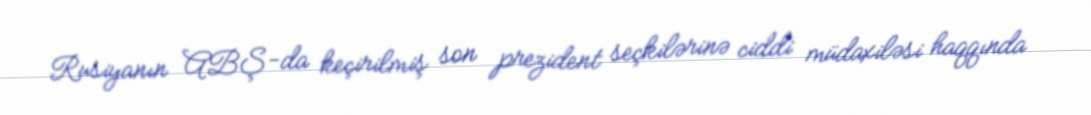
Rusiyanın ABŞ-da keçirilmiş son prezident seçkilərinə ciddi müdaxiləsi haqqında